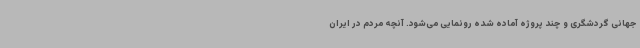
جهانی گردشگری و چند پروژه آماده شده رونمایی می‌شود. آنچه مردم در ایران